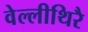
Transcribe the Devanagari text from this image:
वेल्लीथिरै